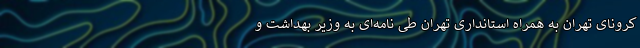
کرونای تهران به همراه استانداری تهران طی نامه‌ای به وزیر بهداشت و